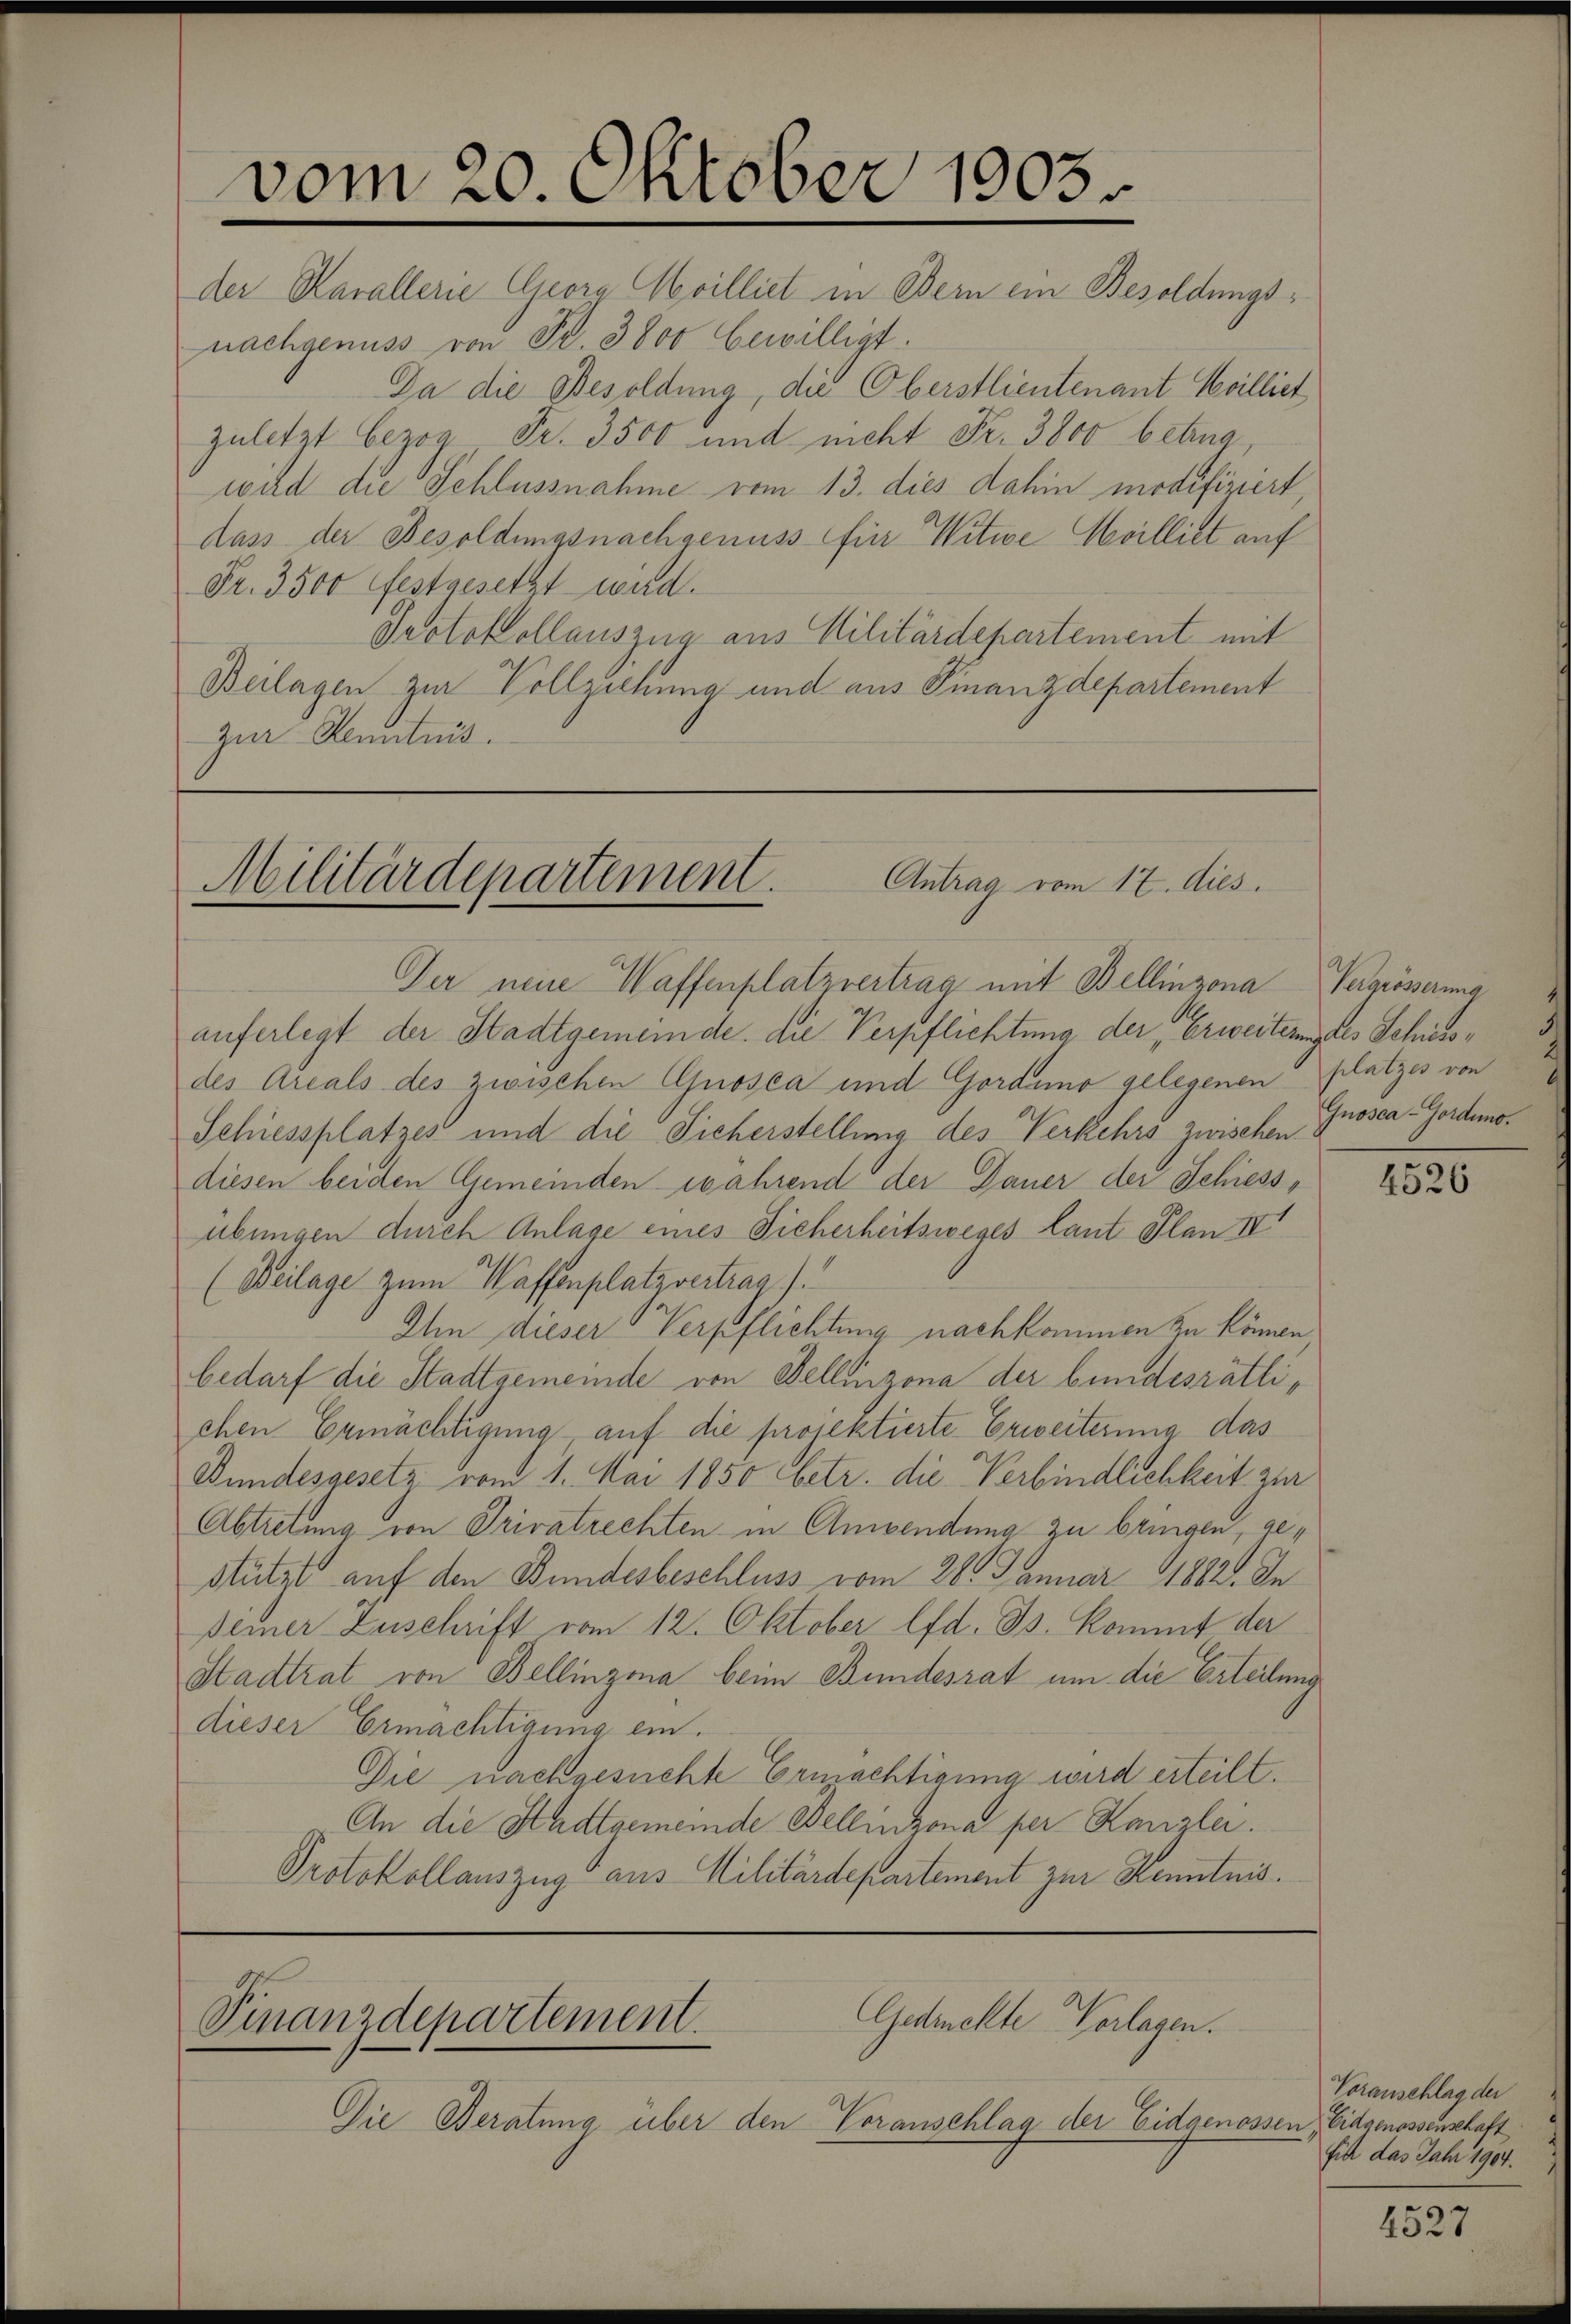
vom 20. Oktober 1903.

der Harallerie Geora Moilliet in Bern ein Besoldungsnachgenuss von Fr. 3800 bewilligt.
Da die Besoldung, die Oberstlieutenant Heilliet
zuletzt bezog Fr. 3500 und nicht Fr. 3800 betrag
wird die Schlussnahme vom 13. dies dahin modifiziert,
dass der Besoldungsnachgenuss für Witwe Milliet auf
Fr. 3500 festgesetzt wird.
Protokollauszug aus Militärdepartement mit
Beilagen zur Vollziehung und aus Finanzdepartement
zur Kenntnis.

Antrag vom 17. dies
Militärdepartement.

Finanzdepartement.

Der neue Waffenplatzvertrag mit Bellinzona Vergrösserung
auferlegt der Stadtgemeinde. Die Verpflichtung der Erweiterung des Schiedsdes Areals des zwischen Gnosca und Gordamo gelegenen platzes von
Schiessplatzes und die Sicherstellung des Verkehrs zwischen.
diesen beiden Gemeinden wahrend der Dauer der Schiess-
übungen durch Anlage eines Sicherheitsweges laut Plan IV
(Beilage zum Waffenplatzvertrag).
Ihm dieser Verpflichtung nachkommen zu können,
bedarf die Stadtgemeinde von Bellinzona der bundesrätlichen Ermächtigung auf die projektierte Erweiterung das
Bundesgesetz vom 1. Mai 1850 betr. die Verbindlichkeit zur
Abtretung von Privatrechten in Anwendung zu bringen, gestützt auf den Bundesbeschluss vom 28. Januar 1882. In
Deiner Zuschrift vom 12. Oktober lfd. Js. kommt der
Stadtrat von Bellinzona beim Bundesrat um die Erteilung
dieser Ermächtigung ein.
Die nachgesuchte Ermächtigung wird erteilt.
An die Stadtgemeinde Bellinzona per Kanzlei.
Protokollauszug aus Militärdepartement zur Kenntnis.

Gedrehte Verlagen.

Die Beratung über den Voranschlag der Eidgenossen, Eidgenossenschaft

Gnosca-Gorduno.

4526

Voranschlag der
fie das Jahr 1904.

2527